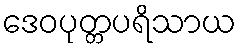
ဒေဝပုတ္တပရိသာယ